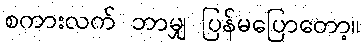
စကားလက် ဘာမျှ ပြန်မပြောတော့။